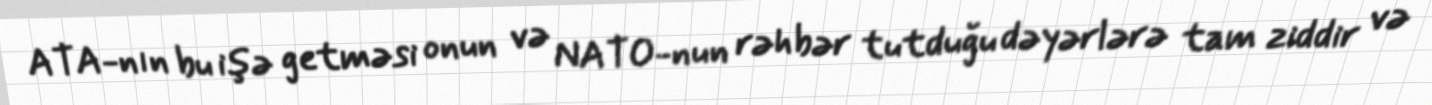
ATA-nın bu işə getməsi onun və NATO-nun rəhbər tutduğu dəyərlərə tam ziddir və